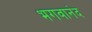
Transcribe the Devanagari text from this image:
भगवानंद